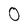
Character: 0